画像に写った文字を読んでください
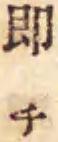
「即チ」と書いてあります